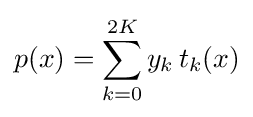
p(x)=\sum _{k=0}^{2K}y_{k}\,t_{k}(x)